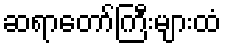
ဆရာတော်ကြီးများထံ